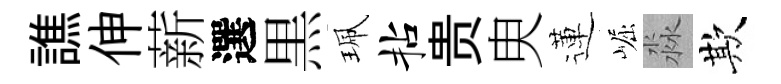
譙伸薪選黒珮拈贵㬰蓮崛淼欺